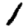
Digit: 1